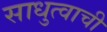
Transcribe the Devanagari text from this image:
साधुत्वाची